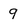
Character: q